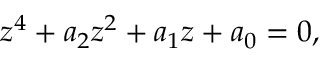
\begin{array} { r } { z ^ { 4 } + a _ { 2 } z ^ { 2 } + a _ { 1 } z + a _ { 0 } = 0 , } \end{array}